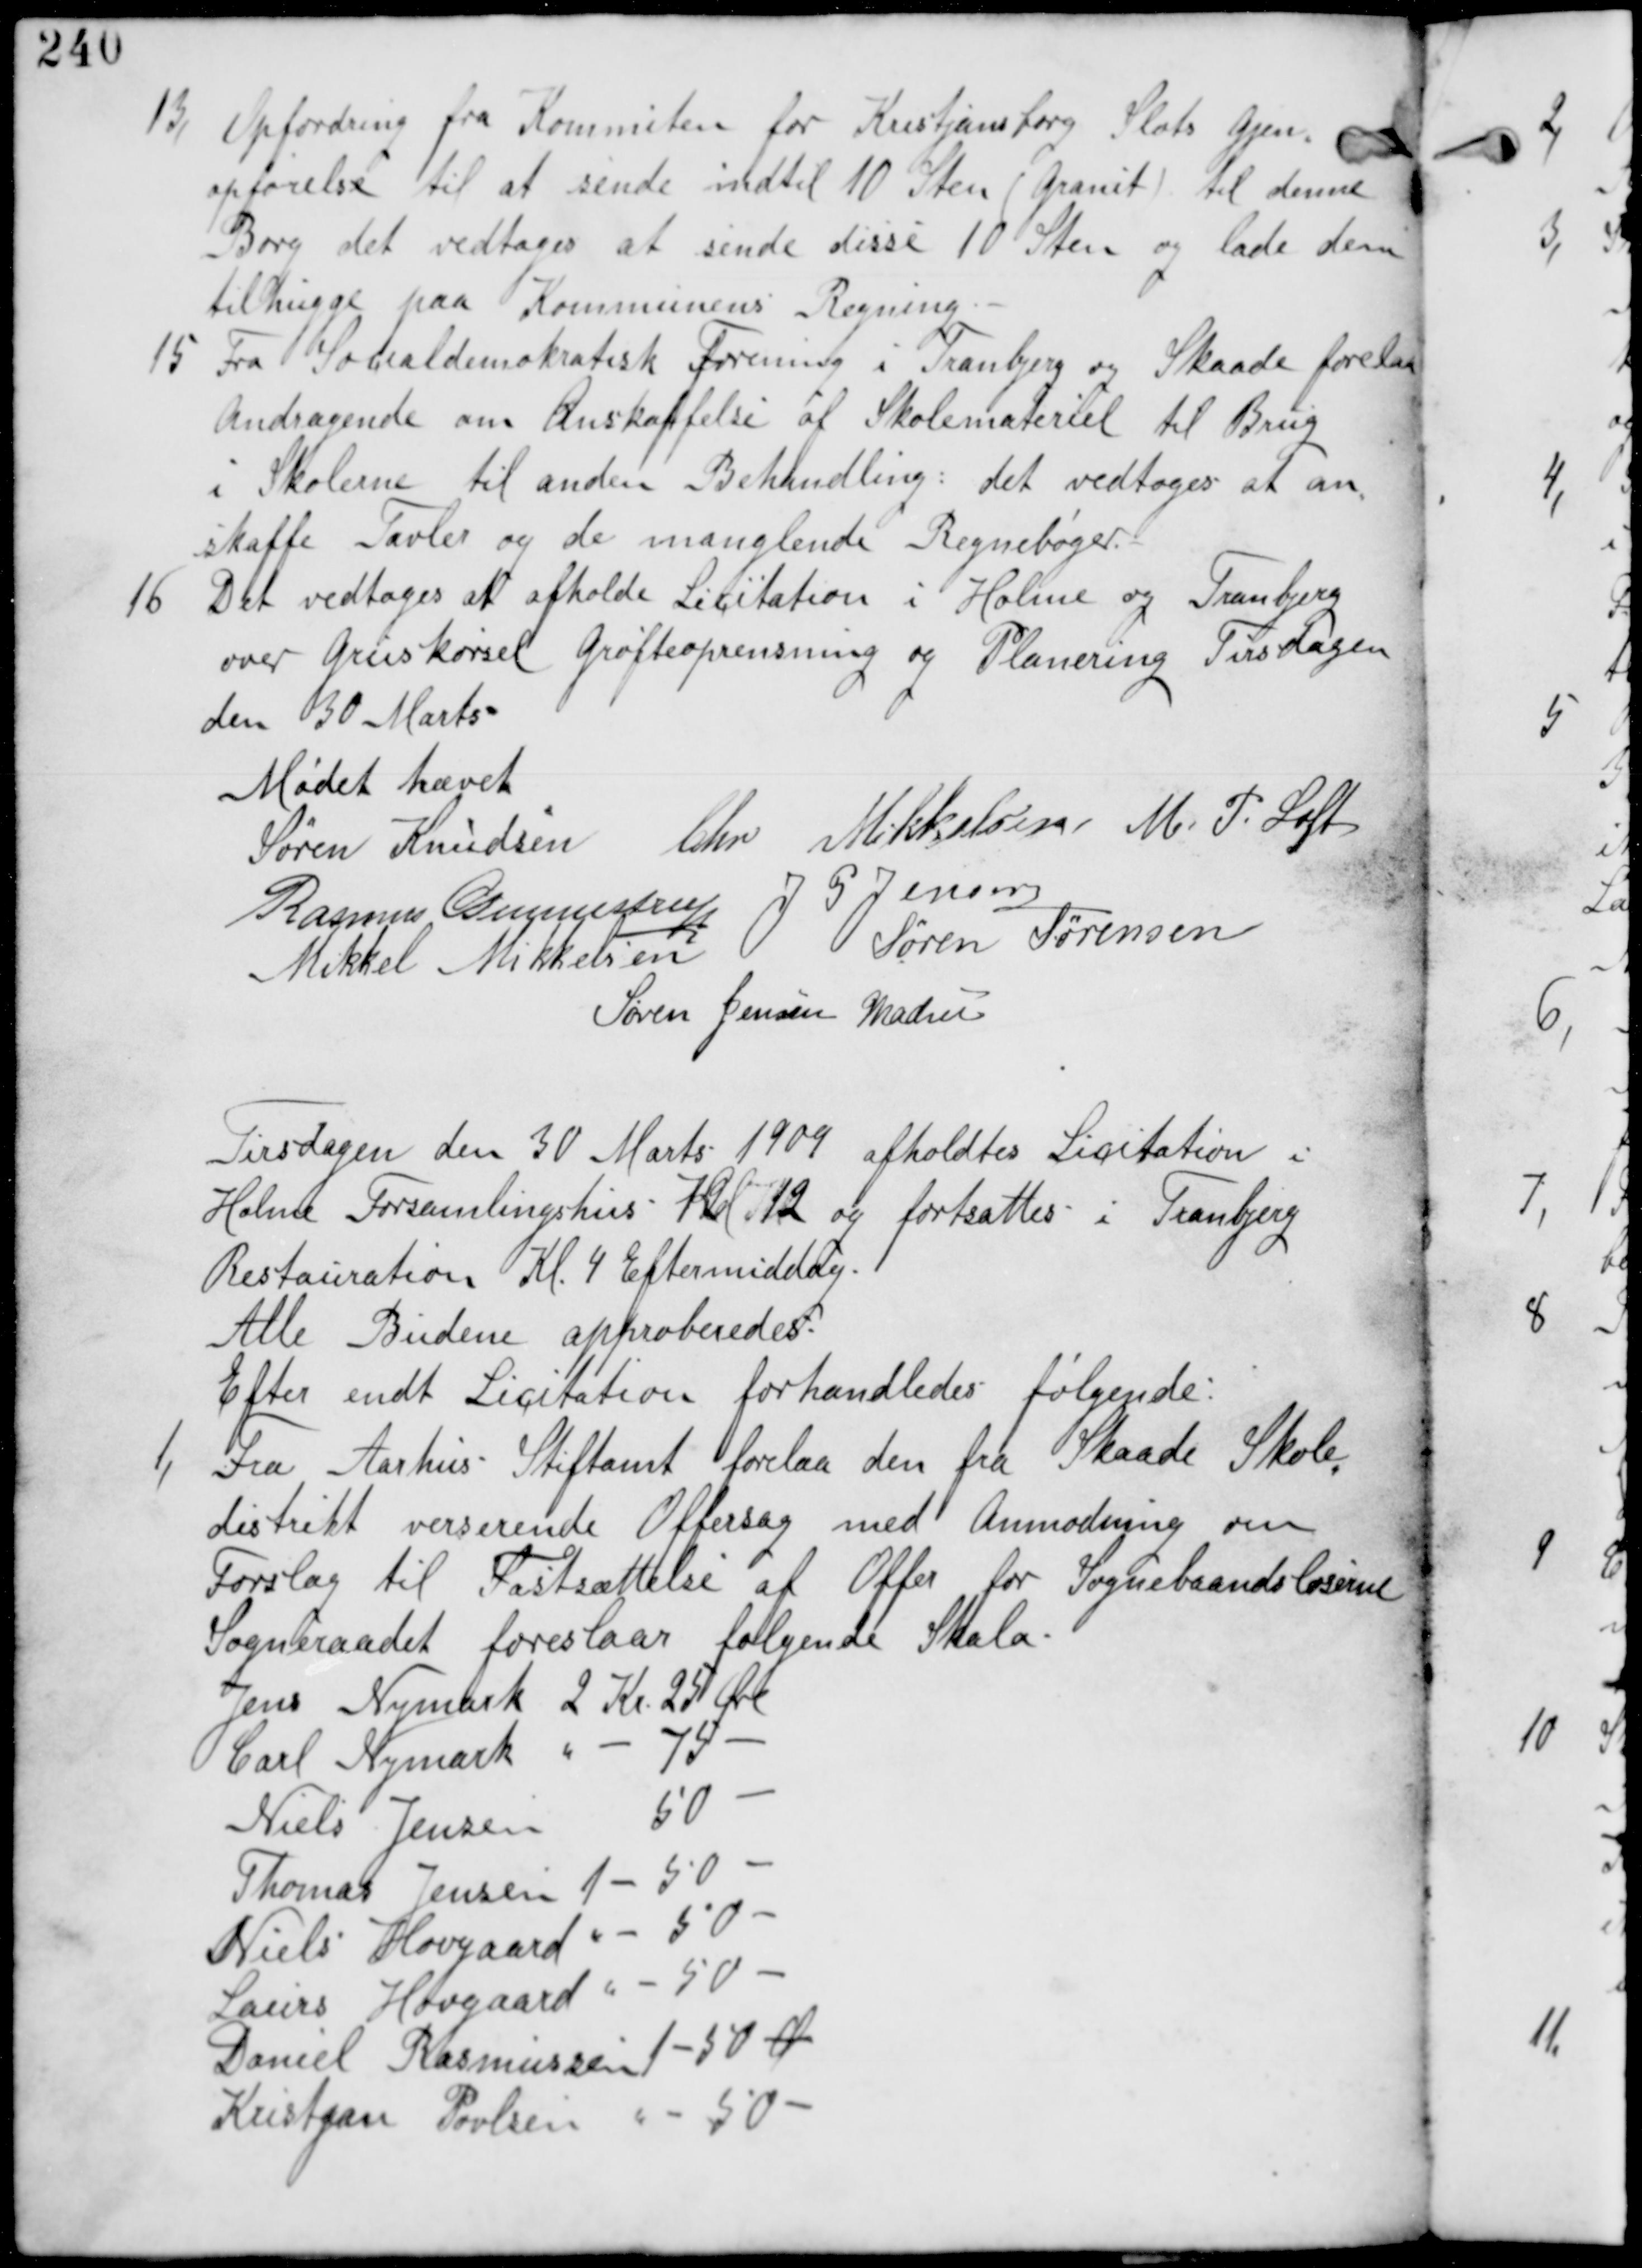
Transskription:
13, Opfordring fra Kommiten for Kristjansborg Slots Gjen
opførelse til at sende indtil 10 Sten (Granit) til denne
Borg det vedtages at sende disse 10 Sten og lade dem
tilhugge paa Kommunens Regning.

15, Fra Socialdemokratisk Forening i Tranbjerg og Skaade forrelaa
Andragende om Anskaffelse af Skolemateriel til Brug
i Skolerne til anden Behandling: det vedtages at an
skaffe Tavler og de manglende Regnebøger.

16 Det vedtages at afholde Licitation i Holme og Tranbjerg
over Gruskørsel Grøfteoprensning og Planering Tirsdagen
den 30 Marts

Mødet hævet
Søren Knudsen Chr Mikkelsen M P Loft
Rasmus Gunnestrup J P Jensen
Mikkel Mikkelsen Søren Sørensen
Søren Jensen Madsen

Tirsdagen den 30 Marts 1909 afholdtes Licitation i
Holme Forsamlingshus Kl 12 og fortsattes i Tranbjerg
Restauration Kl 4 Eftermiddag.
Alle Budene approberedes.
Efter endt Licitation forhandledes følgende:

1, Fra Aarhus Stiftamt forelaa den fra Skaade Skole
distrikt verserende Offersag med Anmodning om
Forslag til Fastsættelse af Offer for Sognebaandsløserne
Sogneraadet foreslaar følgende Skale:
Jens Nymark 2 Kr 25 Øre
Carl Nymark do do 75 do
Niels Jensen 50 do
Thomas Jensen 1 do 50 do
Niels Hovgaard do do 50 do
Laurs Hovgaard do do 50 do
Daniel Rasmussen 1 do 50 Øre
Kristjan Povlsen do do 50 do